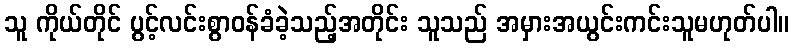
သူ ကိုယ်တိုင် ပွင့်လင်းစွာဝန်ခံခဲ့သည့်အတိုင်း သူသည် အမှားအယွင်းကင်းသူမဟုတ်ပါ။